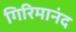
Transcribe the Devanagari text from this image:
गिरिमानंद